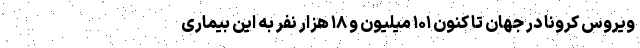
ویروس کرونا در جهان تا کنون ۱۰۱ میلیون و ۱۸ هزار نفر به این بیماری